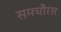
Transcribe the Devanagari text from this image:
समचौरस